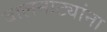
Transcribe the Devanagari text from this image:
बालनाट्यांना